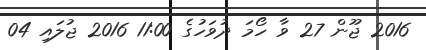
2016 ޖޫން 27 ވާ ހޯމަ ދުވަހުގެ 11:00 2016 ޖުލައި 04